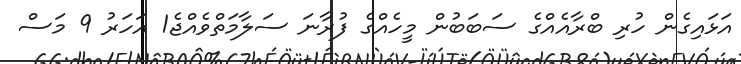
އަޅައިގެން ހުރި ބްރާއެއްގެ ސަބަބުން މީހެއްގެ ފުރާނަ ސަލާމަތްވެއްޖެ1 އަހަރު 9 މަސް